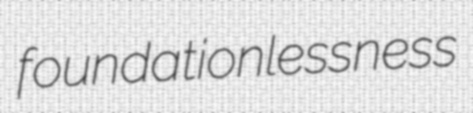
foundationlessness